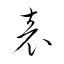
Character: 表